Indian journal of veterinary science and animal husbandry - Volume 9,
Year: 1939
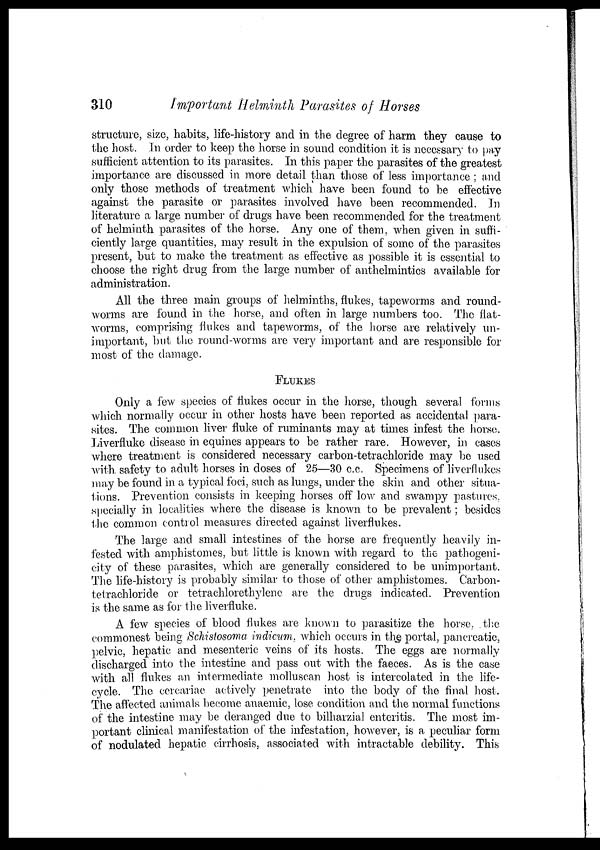
310
Important Helminth Parasites of Horses
structure, size, habits, life-history and in the degree of harm they cause to
the host. In order to keep the horse in sound condition it is necessary to pay
sufficient attention to its parasites. In this paper the parasites of the greatest
importance are discussed in more detail than those of less importance ; and
only those methods of treatment which have been found to be effective
against the parasite or parasites involved have been recommended. In
literature a large number of drugs have been recommended for the treatment
of helminth parasites of the horse. Any one of them, when given in suffi-
ciently large quantities, may result in the expulsion of some of the parasites
present, but to make the treatment as effective as possible it is essential to
choose the right drug from the large number of anthelmintics available for
administration.
All the three main groups of helminths, flukes, tapeworms and round-
worms are found in the horse, and often in large numbers too. The flat-
worms, comprising flukes and tapeworms, of the horse are relatively un-
important, but the round-worms are very important and are responsible for
most of the damage.
FLUKES
Only a few species of flukes occur in the horse, though several forms
which normally occur in other hosts have been reported as accidental para-
sites. The common liver fluke of ruminants may at times infest the horse.
Liverfluke disease in equines appears to be rather rare. However, in cases
where treatment is considered necessary carbon-tetrachloride may be used
with safety to adult horses in doses of 25—30 c.c. Specimens of liverflukes
may be found in a typical foci, such as lungs, under the skin and other situa-
tions. Prevention consists in keeping horses off low and swampy pastures.
specially in localities where the disease is known to be prevalent; besides
the common control measures directed against liverflukes.
The large and small intestines of the horse are frequently heavily in-
fested with amphistomes, but little is known with regard to the pathogeni-
city of these parasites, which are generally considered to be unimportant.
The life-history is probably similar to those of other amphistomes. Carbon-
tetrachloride or tetrachlorethylene are the drugs indicated. Prevention
is the same as for the liverfluke.
A few species of blood flukes are known to parasitize the horse, the
commonest being Schistosoma indicum, which occurs in the portal, pancreatic,
pelvic, hepatic and mesenteric veins of its hosts. The eggs are normally
discharged into the intestine and pass out with the faeces. As is the case
with all flukes an intermediate molluscan host is intercolated in the life-
cycle. The cercariae actively penetrate into the body of the final host.
The affected animals become anaemic, lose condition and the normal functions
of the intestine may be deranged due to bilharzial enteritis. The most im-
portant clinical manifestation of the infestation, however, is a peculiar form
of nodulated hepatic cirrhosis, associated with intractable debility. This